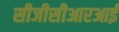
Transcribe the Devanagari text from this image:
सीजीसीआरआई